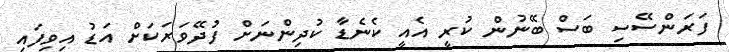
ފަރަންސޭސި ބަސް ބޭނުން ކުރީ އެއީ ކެނެޑާ ކުދިންނަށް ފުދޭވަރަކަށް އަޑު އިވިފައި